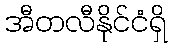
အီတလီနိုင်ငံရှိ